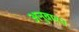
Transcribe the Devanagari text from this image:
अनुवारन